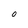
Character: O